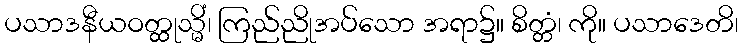
ပသာဒနီယဝတ္ထုသ္မိံ၊ ကြည်ညိုအပ်သော အရာ၌။ စိတ္တံ၊ ကို။ ပသာဒေတိ၊